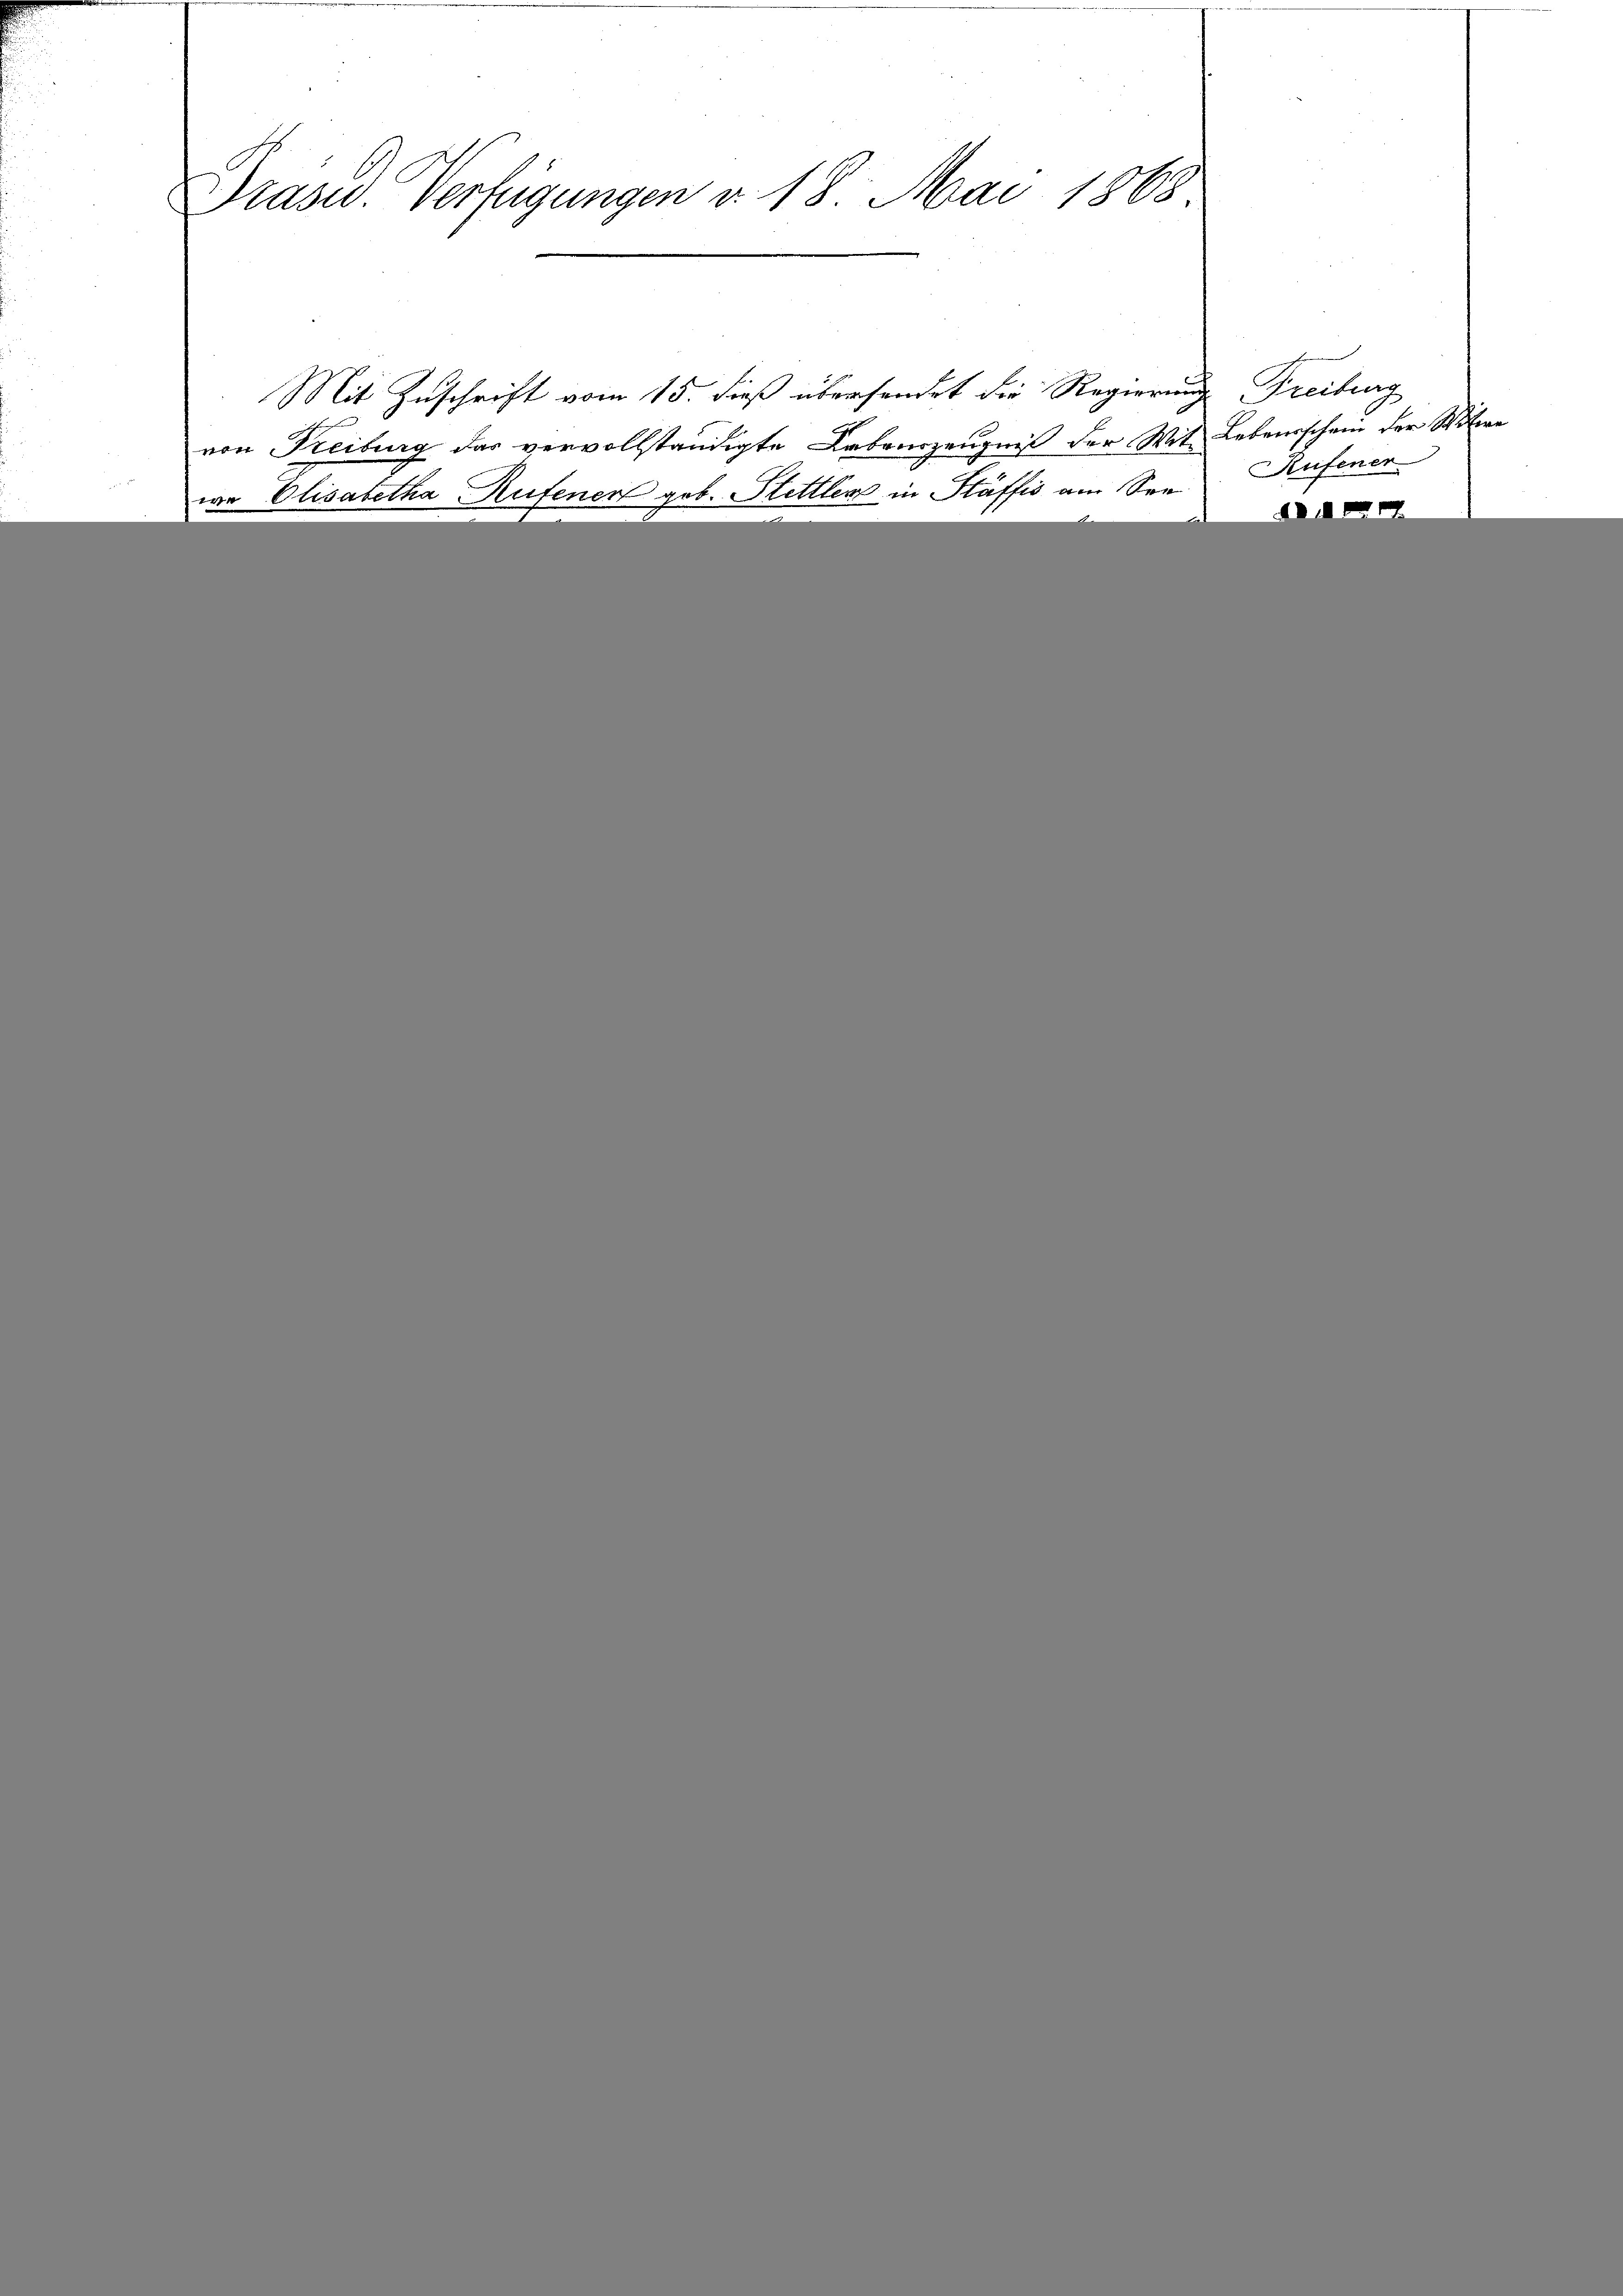
Gräses Verfügungen v. 18. Mai 1868

Mit Zuschrift vom 15. dieß übersendet die Regierung
von Freiburg das vervollständigte Lebenszeugniß der Wit Lebensschein der Witwe
wa Elisabetha Aufener geb. Hettler in Stäffis am See

Freiburg
Rufener